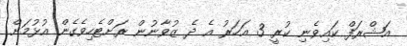
އަޝްރަފް ކައިވެނި ކުރީ 3 އަހަރު އެ ދެ ޒުވާނުން ރަށްޓެހިވެގެން އުޅުމަށް